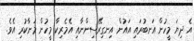
އެ ދިޔަ މީހުން އަނބުރައި އައުން އިނގިރޭސިންނާއި އެމެރިކާ މީހުން މަނާކުރި އެވެ.